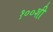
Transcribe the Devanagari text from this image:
१००शी